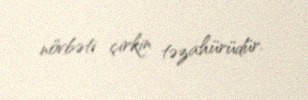
növbəti çirkin təzahürüdür.